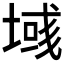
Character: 𫮓